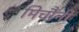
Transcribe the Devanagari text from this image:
मिचौंनी